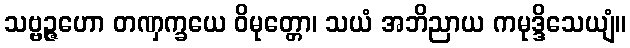
သဗ္ဗဉ္ဇဟော တဏှက္ခယေ ဝိမုတ္တော၊ သယံ အဘိညာယ ကမုဒ္ဒိသေယျံ။